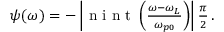
\begin{array} { r } { \psi ( \omega ) = - \left| \mathrm { ~ n ~ i ~ n ~ t ~ } \left( \frac { \omega - \omega _ { L } } { \omega _ { p 0 } } \right) \right| \frac { \pi } { 2 } \, . } \end{array}